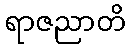
ရာဇညာတိ